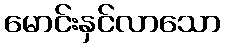
မောင်းနှင်လာသော